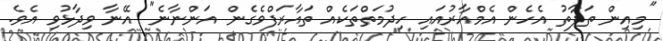
"މިއިން ތަފާތު އެހެން އެމްއާރުއައި ހިދުމަތްތަކެއް ތައާރަފްވެގެން އަންނާނެ" އޭނާ ވިދާޅުވި އެވެ.